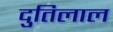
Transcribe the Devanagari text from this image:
दुतिलाल